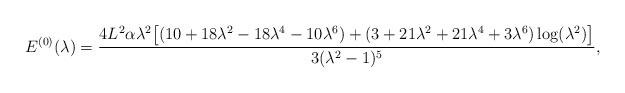
\begin{align*} E^{(0)}(\lambda) = \frac{4L^2\alpha\lambda^2\bigl[ (10+18\lambda^2-18\lambda^4-10\lambda^6) + (3+21\lambda^2+21\lambda^4+3\lambda^6)\log(\lambda^2)\bigr]} {3(\lambda^2-1)^5},\end{align*}